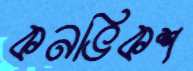
কনভিকশ